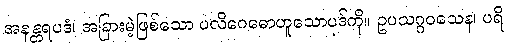
အနန္တရပဒံ၊ အခြားမဲ့ဖြစ်သော ပလိဂေဓောဟူသောပုဒ်ကို။ ဥပသဂ္ဂဝသေန၊ ပရိ